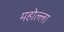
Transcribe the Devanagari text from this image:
महोल्ला